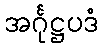
အင်္ဂုဋ္ဌပဒံ